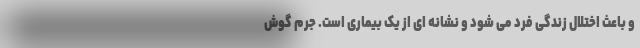
و باعث اختلال زندگی فرد می شود و نشانه ای از یک بیماری است. جرم گوش